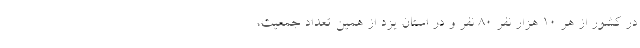
در کشور از هر ۱۰ هزار نفر ٨٠ نفر و در استان یزد از همین تعداد جمعیت،